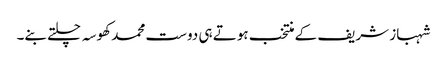
شہباز شریف کے منتخب ہوتے ہی دوست محمد کھوسہ چلتے بنے۔